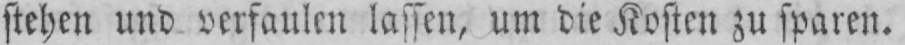
stehen und verfaulen lassen, um die Kosten zu sparen.